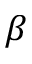
\beta